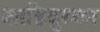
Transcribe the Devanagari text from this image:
शाहिदुल्ला